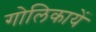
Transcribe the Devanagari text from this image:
गोलिकायें